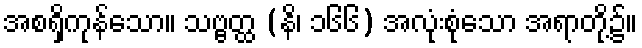
အစရှိကုန်သော။ သဗ္ဗတ္ထ (နိ၊ ၁၆၆) အလုံးစုံသော အရာတို့၌။